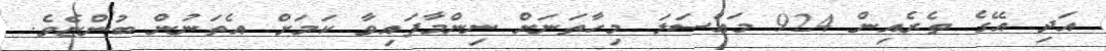
އަދި އޭގެ ތެރެއިން 924 މައްސަލަ މިހާތަނަށް ނިންމާފައިވާ ކަމަށް އެތަނުން ބުންޏެވެ.